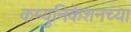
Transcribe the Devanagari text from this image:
कम्युनिकेशनच्या